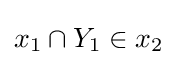
x_{1}\cap Y_{1}\in x_{2}